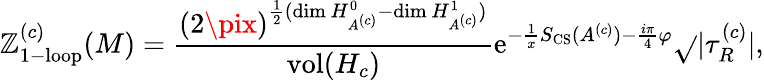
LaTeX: \mathbb{Z}_{\mathrm{{1-loop}}}^{(c)}(M)={\frac{{(2\pix)^{{\frac{{1}}{{2}}}(\mathrm{{dim}}\, H_{A^{(c)}}^{0}-\mathrm{{dim}}\, H_{A^{(c)}}^{1})}}}{{\mathrm{{vol}}(H_{c})}}}\mathrm{{e}}^{-{\frac{{1}}{{x}}}S_{\mathrm{{CS}}}(A^{(c)})-{\frac{{i\pi}}{{4}}}\varphi}{\sqrt{}{{|\tau_{R}^{(c)}|}}},